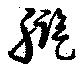
艦